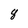
Character: 8